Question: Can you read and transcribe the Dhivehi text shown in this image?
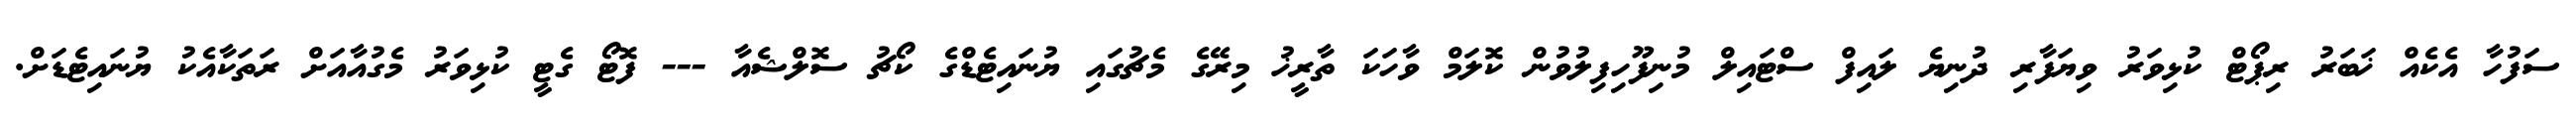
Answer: ސަފުހާ އެކެއް ޚަބަރު ރިޕޯޓް ކުޅިވަރު ވިޔަފާރި ދުނިޔެ ލައިފް ސްޓައިލް މުނިފޫހިފިލުވުން ކޮލަމް ވާހަކަ ތާރީޚު މިރޭގެ މެޗުގައި ޔުނައިޓެޑްގެ ކޯޗު ސޮލްޝެއާ --- ފޮޓޯ ގެޓީ ކުޅިވަރު މެގުއާއަށް ރަތަކާއެކު ޔުނައިޓެޑަށް.